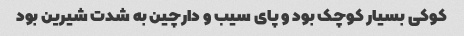
کوکی بسیار کوچک بود و پای سیب و دارچین به شدت شیرین بود